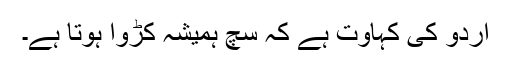
اردو کی کہاوت ہے کہ سچ ہمیشہ کڑوا ہوتا ہے۔